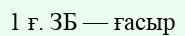
1 ғ. ЗБ — ғасыр